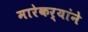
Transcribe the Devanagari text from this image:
मारेकर्यांने